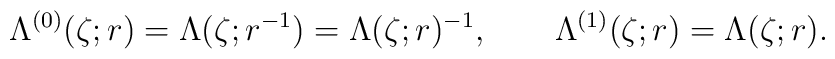
\Lambda^{(0)}(\zeta;r) = \Lambda(\zeta;r^{-1}) = \Lambda(\zeta;r)^{-1},  \qquad  \Lambda^{(1)}(\zeta;r) = \Lambda(\zeta;r).